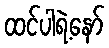
ထင်ပါရဲ့နော်